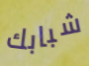
شبابك